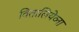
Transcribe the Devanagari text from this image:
वितालियेव्ना